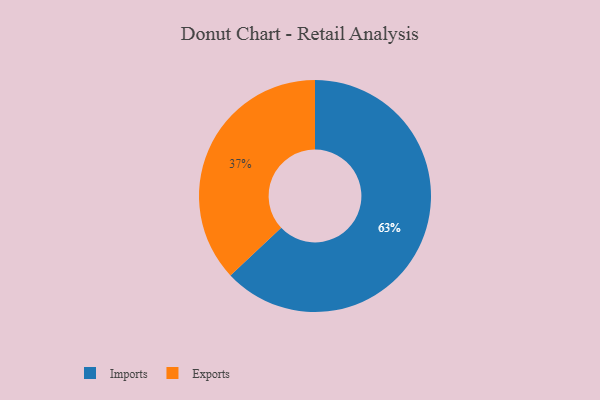
{"axis": {"x": "Category", "y": "Percentage"}, "legend": ["Exports", "Imports"], "data": [{"x": "Exports", "y": 37, "type": "Exports"}, {"x": "Imports", "y": 63, "type": "Imports"}]}